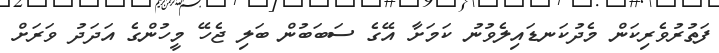
ފަތުރުވެރިކަން މެދުކަނޑައިލެވުުނު ކަމަށާ އޭގެ ސަބަބުން ބަލި ޖެހޭ މީހުންގެ އަދަދު ވަރަށް